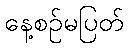
နေ့စဉ်မပြတ်